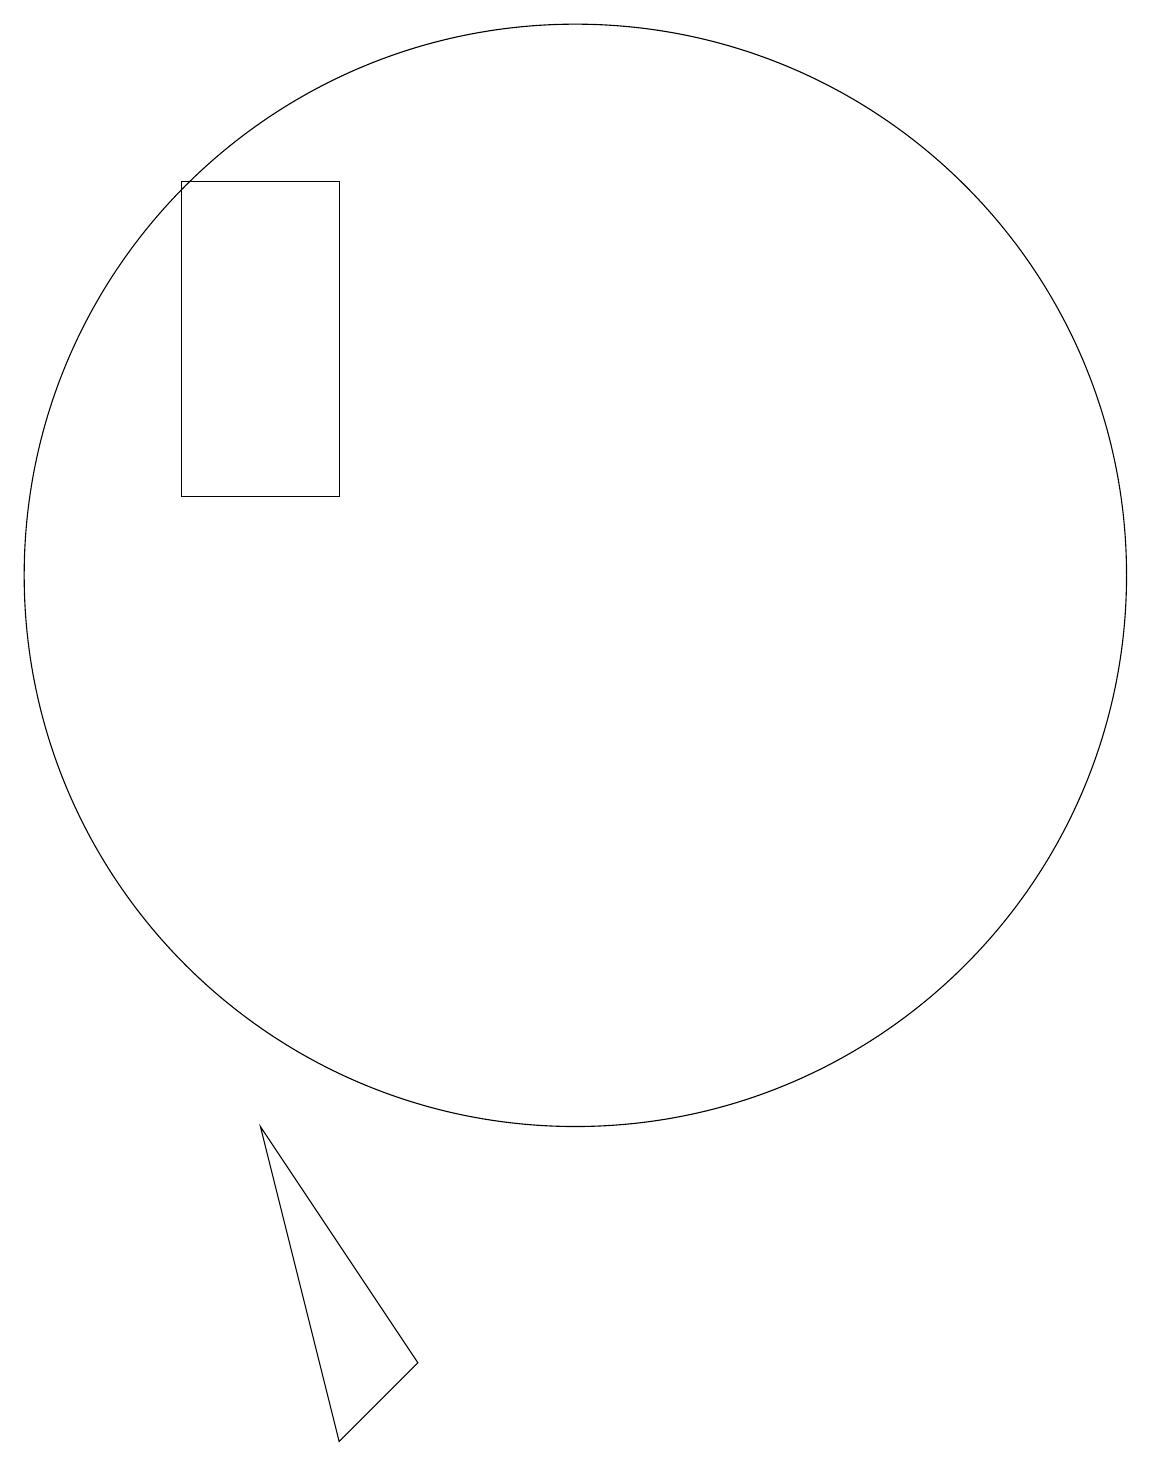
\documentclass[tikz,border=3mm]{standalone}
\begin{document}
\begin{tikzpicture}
\draw (7,17) rectangle (5,13);
\draw (10,12) circle (7);
\draw (7,1) -- (8,2) -- (6,5) -- cycle;
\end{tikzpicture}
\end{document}